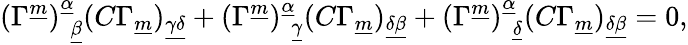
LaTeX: (\Gamma^{\underline{{m}}})_{~~\underline{{\beta}}}^{\underline{{\alpha}}}(C\Gamma_{\underline{{m}}})_{\underline{{{\gamma\delta}}}}+(\Gamma^{\underline{{m}}})_{~~\underline{{\gamma}}}^{\underline{{\alpha}}}(C\Gamma_{\underline{{m}}})_{\underline{{{\delta\beta}}}}+(\Gamma^{\underline{{m}}})_{~~\underline{{\delta}}}^{\underline{{\alpha}}}(C\Gamma_{\underline{{m}}})_{\underline{{{\delta\beta}}}}=0,